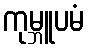
ကုမ္ဘူပမံ